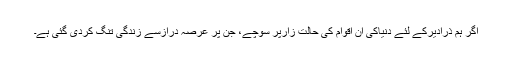
اگر ہم ذرادیرکے لئے دنیاکی ان اقوام کی حالت زارپر سوچے، جن پر عرصہ درازسے زندگی تنگ کردی گئی ہے۔